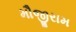
મૌજીરામ